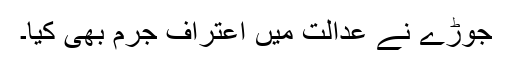
جوڑے نے عدالت میں اعتراف جرم بھی کیا۔